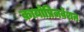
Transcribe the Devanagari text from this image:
क्रायोप्रिजर्वेशन